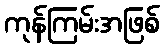
ကုန်ကြမ်းအဖြစ်